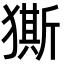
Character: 𭸨